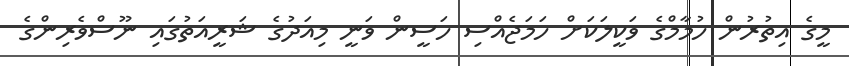
މީގެ އިތުރުން ހުމާމްގެ ވަކީލަކަށް ހަމަޖެއްސި ހަސީން ވަނީ މިއަދުގެ ޝަރީއަތުގައި ނޫސްވެރިންގެ